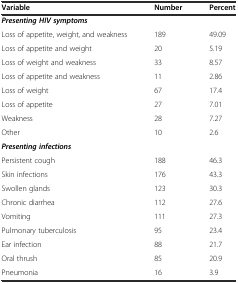
| Variable | Number | Percent |
 | --- | --- | --- |
 | Presenting HIV symptoms |  |  |
 | Loss of appetite, weight, and weakness | 189 | 49.09 |
 | Loss of appetite and weight | 20 | 5.19 |
 | Loss of weight and weakness | 33 | 8.57 |
 | Loss of appetite and weakness | 11 | 2.86 |
 | Loss of weight | 67 | 17.4 |
 | Loss of appetite | 27 | 7.01 |
 | Weakness | 28 | 7.27 |
 | Other | 10 | 2.6 |
 | Presenting infections |  |  |
 | Persistent cough | 188 | 46.3 |
 | Skin infections | 176 | 43.3 |
 | Swollen glands | 123 | 30.3 |
 | Chronic diarrhea | 112 | 27.6 |
 | Vomiting | 111 | 27.3 |
 | Pulmonary tuberculosis | 95 | 23.4 |
 | Ear infection | 88 | 21.7 |
 | Oral thrush | 85 | 20.9 |
 | Pneumonia | 16 | 3.9 |